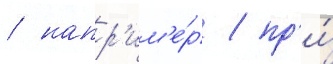
/ напр'им'е́р / пр'и́